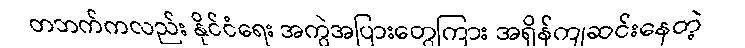
တဘက်ကလည်း နိုင်ငံရေး အကွဲအပြားတွေကြား အရှိန်ကျဆင်းနေတဲ့